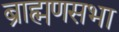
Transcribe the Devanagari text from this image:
ब्राह्मणसभा